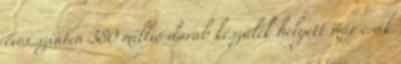
éves szinten 380 millió darab készülék helyett már csak